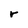
Character: r